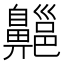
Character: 齆